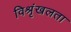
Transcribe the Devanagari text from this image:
विश्रृंखलता